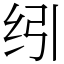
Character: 纼